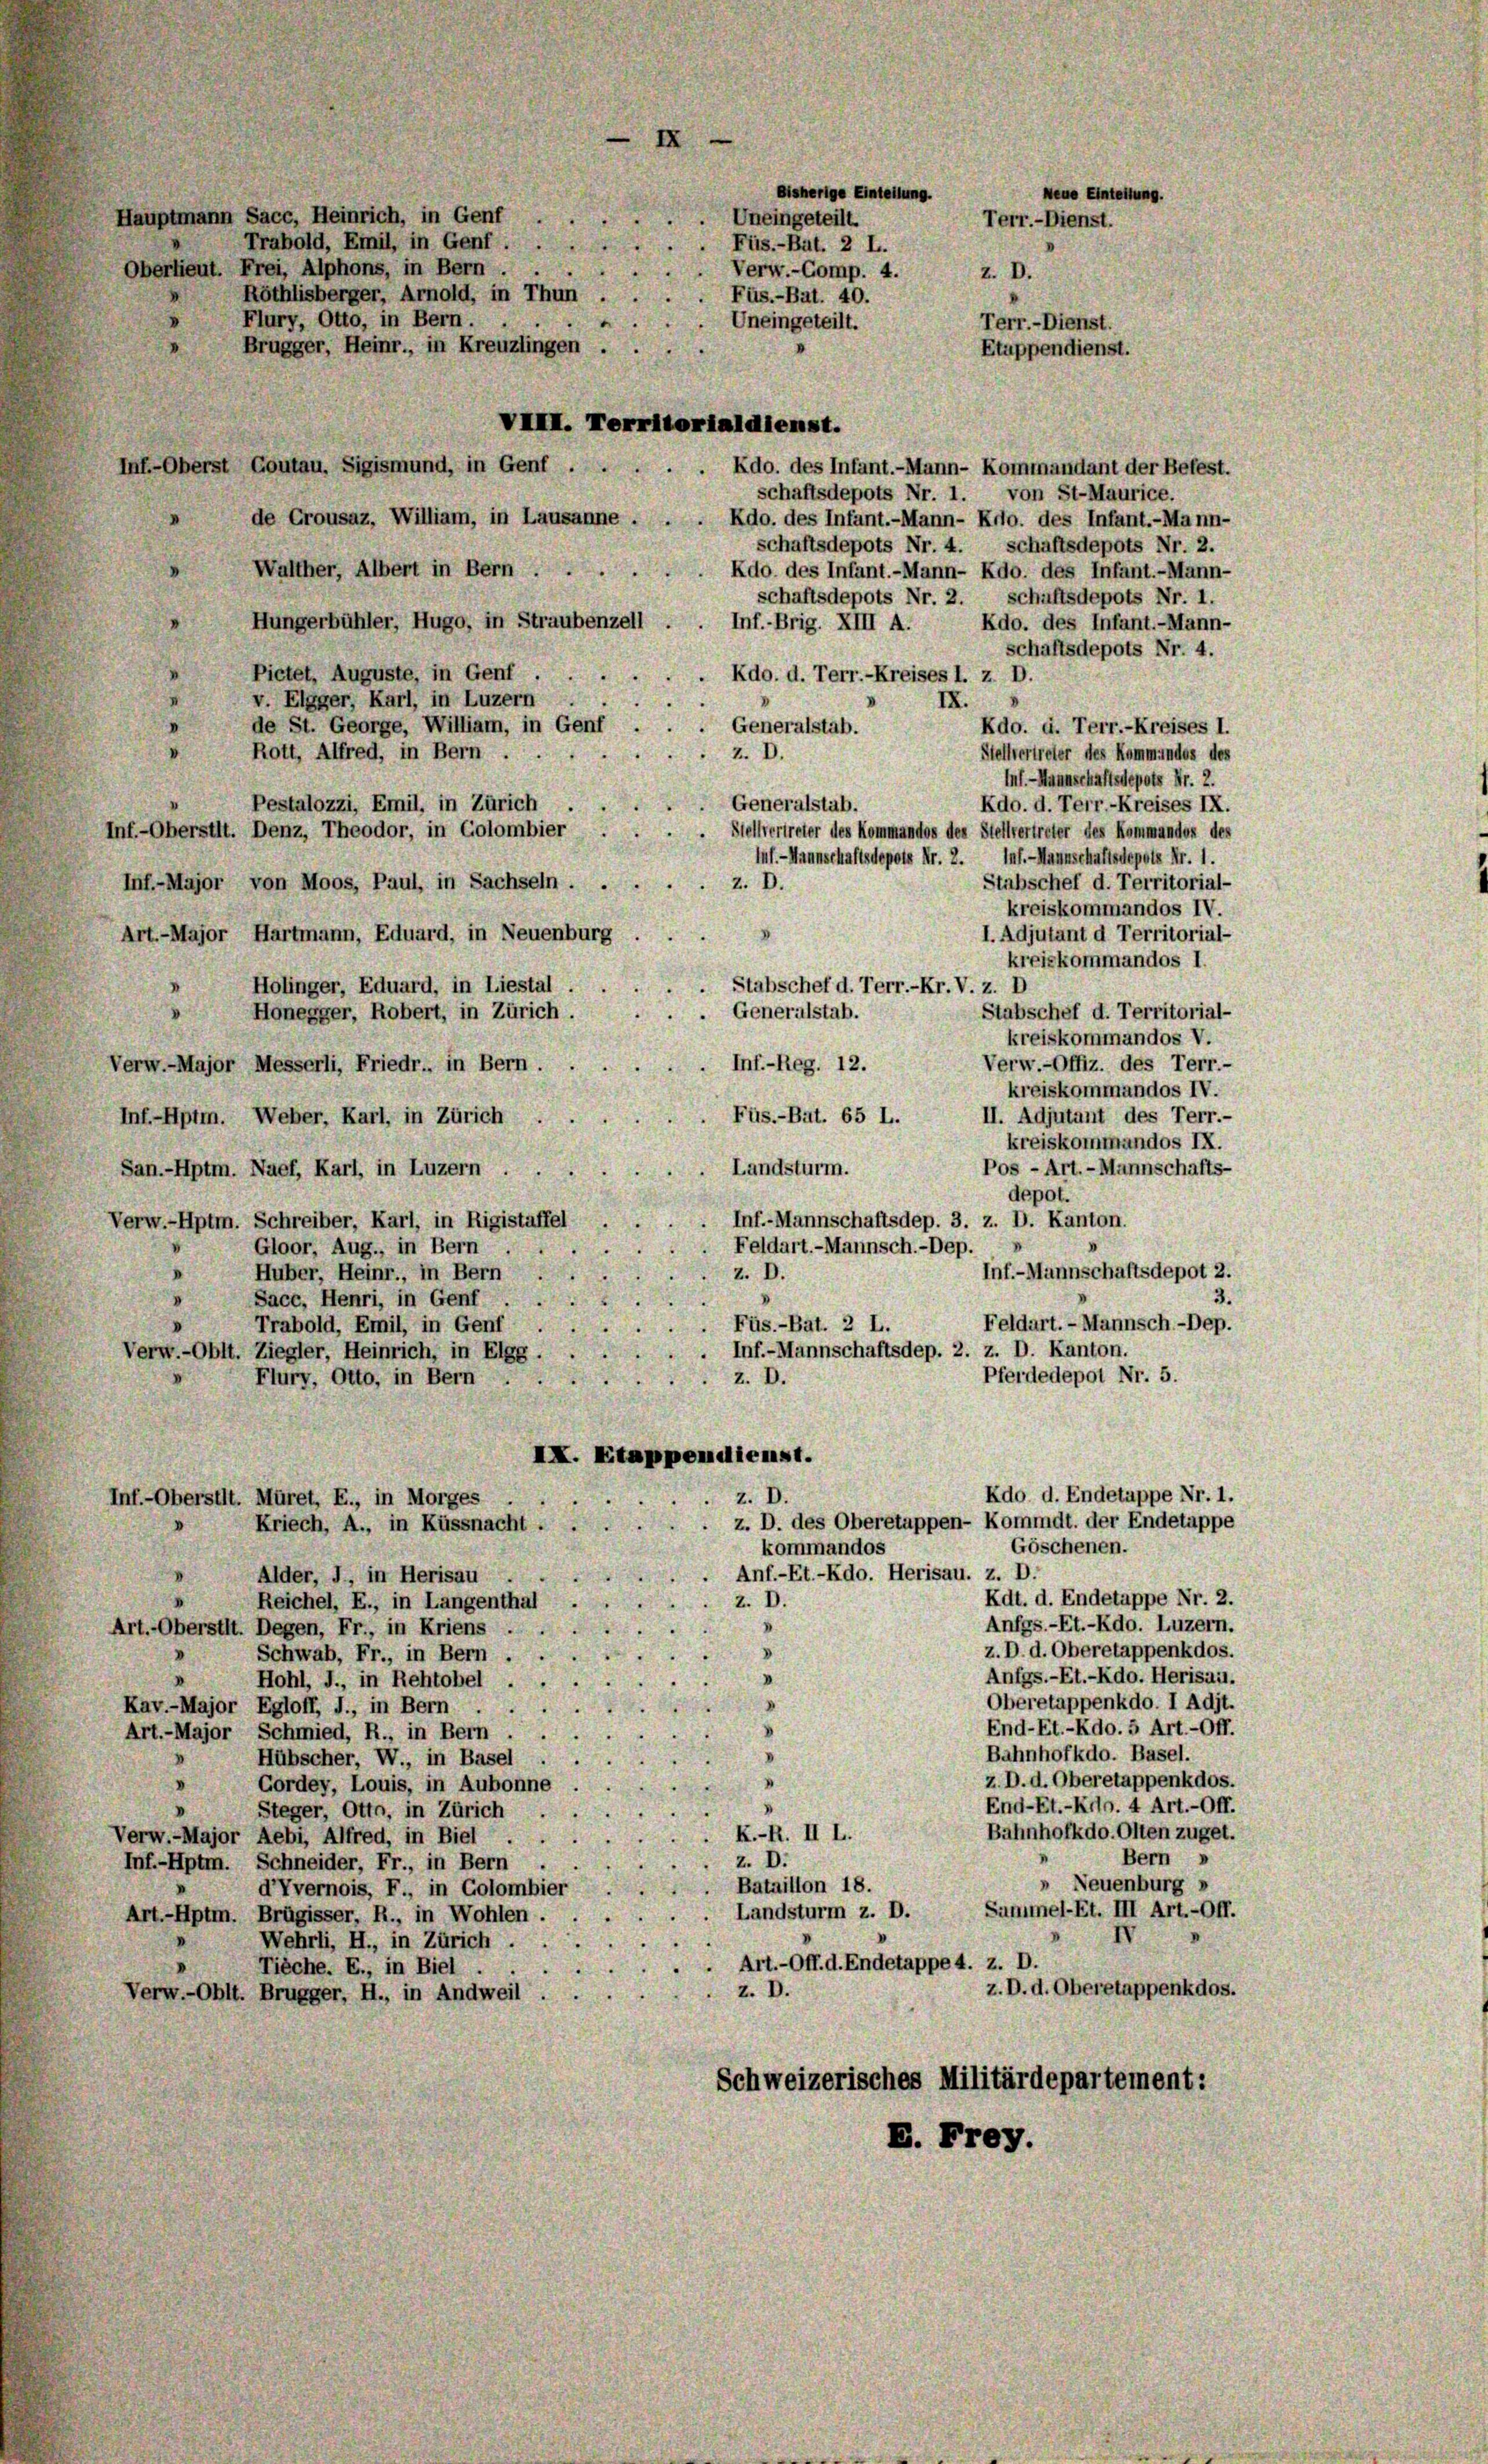
Inf-Oberst Goutau, Sigismund, in Genf . . . . . Kdo. des Infant.-Mann- Kommandant der Befest.
schaftsdepots Nr. 1. von St-Maurice.
de Crousaz, William, in Lausanne.
Kdo. des Infant.-Mann- Kdo. des Infant.-Mann-
schaftsdepots Nr. 4. schaftsdepots Nr. 2.
Walther, Albert in Bern .
Rdo. des Infant.-Mann- Kdo. des Infant.-Mann-
schaftsdepots Nr. 2. schaftsdepots Nr. 1.
Hungerbühler, Hugo, in Straubenzell
Inf.-Brig. XIII A.
Kdo. des Infant.-Mann-
schaftsdepots Nr. 4.
Pictet, Auguste, in Genf
Kdo. d. Terr.-Kreises l. z. D.
v. Elgger, Karl, in Luzern
IX.
de St. George, William, in Genf
Generalstab.
Kdo. d. Terr.-Kreises I.
Z. D.
Stellvertreter des Kammendes des
Rott, Alfred, in Bern.
Inf.-Mannschaftsdepots Nr. 2.
Generalstab.
Kdo. d. Terr.-Kreises IX.
Pestalozzi, Emil, in Zürich
Inf.-Oberstit. Denz, Theodor, in Golombier
Stellvertreter des Kommandos des Stellvertreter des Kommandos des
Inf. - Hannschaftsdepots Nr. 2. Inf.-Mannschaftsdepots Nr. 1.
Stabschef d. Territorial-
z. D.
Inf.-Major von Moos, Paul, in Sachseln.
kreiskommandos IV.
I. Adjutant d Territorial-
Art-Major Hartmann, Eduard, in Neuenburg
kreiskommandos I.
Stabschef d. Terr.-Kr. V. z. D
Holinger, Eduard, in Liestal
Stabschef d. Territorial-
Generalstab.
Honegger, Robert, in Zürich.
kreiskommandos V.
Verw.-Offiz. des Terr.-
Inf.-Reg. 12.
Verw.-Major Messerli, Friedr., in Bern.
kreiskommandos IV.
Füs.-Bat. 65 L.
II. Adjutant des Terr.-
Inf.-Hptm. Weber, Karl, in Zürich
kreiskommandos IX.
Pos - Art. - Mannschafts-
Landsturm.
San.-Hptm. Naef, Karl, in Luzern
depot.
Inf.-Mannschaftsdep. 3. z. D. Kanton.
Verw.-Hptm. Schreiber, Karl, in Rigistaffel
Gloor, Aug., in Bern .
Feldart.- Mannsch.-Dep.
Inf.-Mannschaftsdepot 2.
Huber, Heinr., in Bern
z. D.
Sacc, Henri, in Genf
Feldart. — Mannsch-Dep.
Füs.-Bat. 2 L.
Trabold, Emil, in Genf
Inf.-Mannschaftsdep. 2. z. D. Kanton.
Verw.-Oblt. Ziegler, Heinrich, in Elgg.
Pferdedepot Nr. 5.
Flury, Otto, in Bern
Z. D.
IX. Etappendienst.
Kdo. d. Endetappe Nr. 1.
z. D.
Inf.-Oberstit. Müret, E., in Morges
z. D. des Oberetappen- Kommdt. der Endetappe
Kriech, A., in Küssnacht.
Göschenen.
kommandos
Anf.-Et.-Kdo. Herisau. z. D.
Alder, J., in Herisau .
Kdt. d. Endetappe Nr. 2.
Z. D.
Reichel, E., in Langenthal
Anfgs.-Et.-Kdo. Luzern.
Art.-Oberstit. Degen, Fr., in Kriens .
z. D. d. Oberetappenkdos.
Schwab, Fr., in Bern . .
Anfgs.-Et.-Kdo. Herisau.
Hohl, J., in Rehtobel.
Oberetappenkdo. I Adit.
Kav.-Major Egloff, J., in Bern . .
End-Et.-Rdo. 5 Art. - Off.
Art.-Major Schmied, R., in Bern.
1
Bahnhofkdo. Basel.
Hübscher, W., in Basel
z. D. d. Oberetappenkdos.
Gordey, Louis, in Aubonne
End-Et.-Kilo. 4 Art.-Off.
Steger, Otto, in Zürich .
Bahnhofkdo. Olten zuget.
R. II L.
Verw.-Major Aebi, Alfred, in Biel .
Bern »
D.
Inf.-Hptm. Schneider, Fr., in Bern
 Neuenburg »
Bataillon 18.
d’Vvernois, F., in Golombier
Summel-Et. III Art.-Off.
Landsturm z. D.
Art.-Hptm. Brügisser, R., in Wohlen.
Wehrli, H., in Zürich.
Art.-Off. d. Endetappe 4. z. D.
Tieche. E., in Biel.
z. D. d. Oberetappenkdos.
z. D.
Verw.-Oblt. Brugger, H., in Andweil
Schweizerisches Militärdepartement:
B. Frey.

Hauptmann Sacc, Heinrich, in Genf .
Trabold, Emil, in Genf.
Oberlieut. Frei, Alphons, in Bern . .
Röthlisberger, Arnold, in Thun
Flury, Otto, in Bern . .
Brugger, Heinr., in Kreuzlingen.

Uneingeteilt.
Füs.-Bat. 2 L.
Verw.-Comp. 4.
Füs.-Bat. 40.
Uneingeteilt.
VIII. Territorialdienst.

B

Bisherige Einteilung.

Neue Einteilung.
Terr.- Dienst.
Z. D.
Terr.- Dienst.
Etuppendienst.